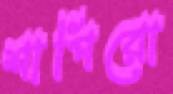
শাপিরো